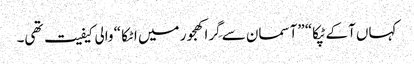
کہاں آکے ٹپکا“ ”آسمان سے گِرا کھجور میں اٹکا “ والی کیفیت تھی۔